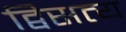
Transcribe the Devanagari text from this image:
द्विसत्य